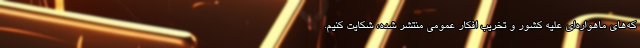
که‌های ماهواره‌ای علیه کشور و تخریب افکار عمومی منتشر شده، شکایت کنیم.